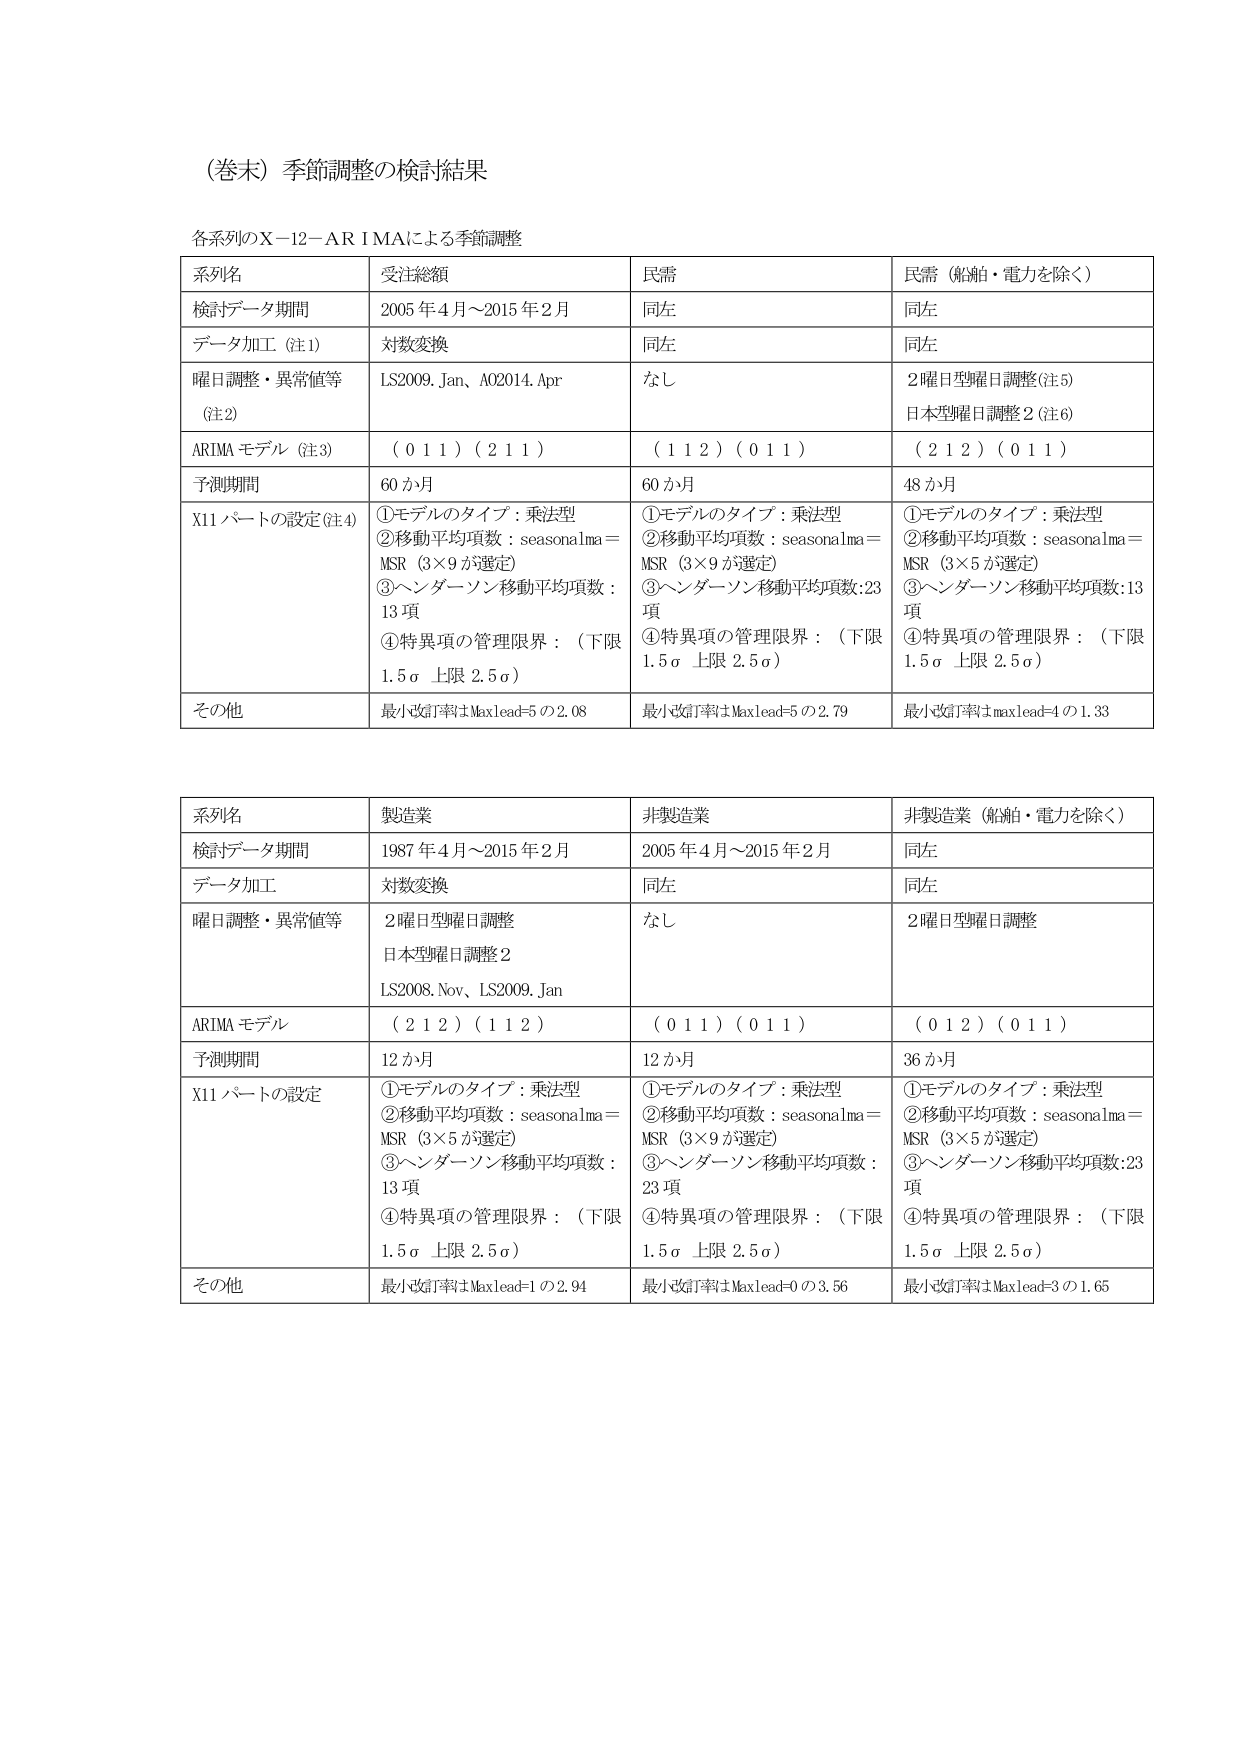
（巻末）季節調整の検討結果

各系列のX－12－ARIMAによる季節調整

| 系列名 | 受注総額 | 民需 | 民需（船舶・電力を除く） |
|---|---|---|---|
| 検討データ期間 | 2005年4月～2015年2月 | 同左 | 同左 |
| データ加工（注1） | 対数変換 | 同左 | 同左 |
| 曜日調整・異常値等（注2） | LS2009.Jan、A02014.Apr | なし | 2曜日型曜日調整（注5）<br>日本型曜日調整2（注6） |
| ARIMAモデル（注3） | （0 1 1）（2 1 1） | （1 1 2）（0 1 1） | （2 1 2）（0 1 1） |
| 予測期間 | 60か月 | 60か月 | 48か月 |
| X11パートの設定（注4） | ①モデルのタイプ：乗法型<br>②移動平均項数：seasonalma＝MSR（3×9が選定）<br>③ヘンダーソン移動平均項数：13項<br>④特異項の管理限界：（下限1.5σ 上限2.5σ） | ①モデルのタイプ：乗法型<br>②移動平均項数：seasonalma＝MSR（3×9が選定）<br>③ヘンダーソン移動平均項数：23項<br>④特異項の管理限界：（下限1.5σ 上限2.5σ） | ①モデルのタイプ：乗法型<br>②移動平均項数：seasonalma＝MSR（3×5が選定）<br>③ヘンダーソン移動平均項数：13項<br>④特異項の管理限界：（下限1.5σ 上限2.5σ） |
| その他 | 最小改訂率はMaxlead=5の2.08 | 最小改訂率はMaxlead=5の2.79 | 最小改訂率はmaxlead=4の1.33 |

| 系列名 | 製造業 | 非製造業 | 非製造業（船舶・電力を除く） |
|---|---|---|---|
| 検討データ期間 | 1987年4月～2015年2月 | 2005年4月～2015年2月 | 同左 |
| データ加工 | 対数変換 | 同左 | 同左 |
| 曜日調整・異常値等 | 2曜日型曜日調整<br>日本型曜日調整2<br>LS2008.Nov、LS2009.Jan | なし | 2曜日型曜日調整 |
| ARIMAモデル | （2 1 2）（1 1 2） | （0 1 1）（0 1 1） | （0 1 2）（0 1 1） |
| 予測期間 | 12か月 | 12か月 | 36か月 |
| X11パートの設定 | ①モデルのタイプ：乗法型<br>②移動平均項数：seasonalma＝MSR（3×5が選定）<br>③ヘンダーソン移動平均項数：13項<br>④特異項の管理限界：（下限1.5σ 上限2.5σ） | ①モデルのタイプ：乗法型<br>②移動平均項数：seasonalma＝MSR（3×9が選定）<br>③ヘンダーソン移動平均項数：23項<br>④特異項の管理限界：（下限1.5σ 上限2.5σ） | ①モデルのタイプ：乗法型<br>②移動平均項数：seasonalma＝MSR（3×5が選定）<br>③ヘンダーソン移動平均項数：23項<br>④特異項の管理限界：（下限1.5σ 上限2.5σ） |
| その他 | 最小改訂率はMaxlead=1の2.94 | 最小改訂率はMaxlead=0の3.56 | 最小改訂率はMaxlead=3の1.65 |